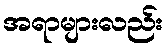
အရာများလည်း